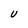
Character: U